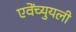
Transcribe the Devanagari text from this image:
एवेंच्युयली